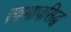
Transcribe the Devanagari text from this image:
स्वभावसिद्ध